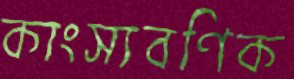
কাংস্যবণিক